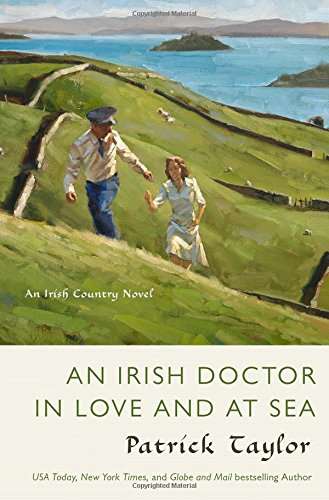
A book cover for An Irish Doctor in Love and at Sea: An Irish Country Novel (Irish Country Books); Patrick Taylor; Literature & Fiction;